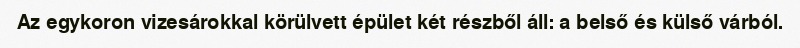
Az egykoron vizesárokkal körülvett épület két részből áll: a belső és külső várból.